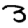
Digit: 3